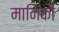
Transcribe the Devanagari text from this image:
मानिकी